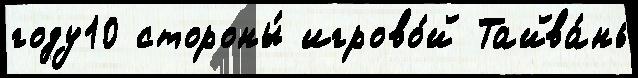
году10 стороны́ игрово́й Тайва́нь